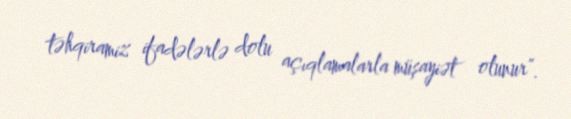
təhqiramiz ifadələrlə dolu açıqlamalarla müşayiət olunur”.